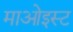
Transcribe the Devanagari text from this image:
माओइस्ट